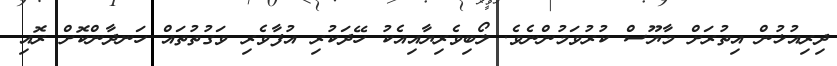
ދިރިއުޅުން އިތުރަށް މާޔޫސް ކުރުވަމުންނެވެ. ލޯބިވެރިޔާއިއެކު ހޭދަކުރި އުފާވެރި ވަގުތުތައް ހަނދާންކޮށް ރޮއި